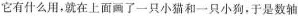
它有什么用，就在上面画了一只小猫和一只小狗，于是数轴